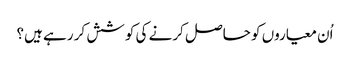
اُن معیاروں کو حاصل کرنے کی کوشش کر رہے ہیں؟